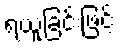
ရယူခြင်းဖြင့်